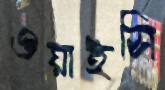
ওয়াইসি